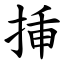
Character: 挿